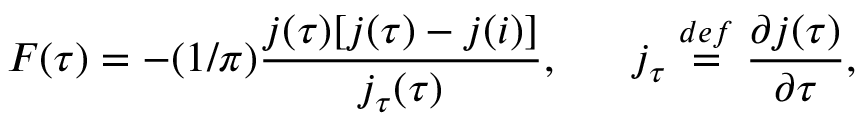
F ( \tau ) = - ( 1 / \pi ) \frac { j ( \tau ) [ j ( \tau ) - j ( i ) ] } { j _ { \tau } ( \tau ) } , \; \; \; \; \; \; j _ { \tau } \stackrel { d e f } { = } \frac { \partial j ( \tau ) } { \partial \tau } ,